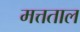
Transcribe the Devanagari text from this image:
मत्तताल